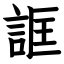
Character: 誆